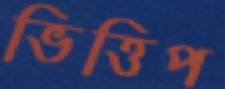
ভিত্তিপ